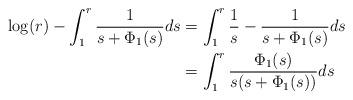
LaTeX: \begin{align*}\log (r)-\int_1^r \frac{1}{s+\Phi_1(s)}ds&=\int_1^r \frac{1}{s}-\frac{1}{s+\Phi_1(s)}ds\\&=\int_1^r\frac{\Phi_1(s)}{s(s+\Phi_1(s))}ds\end{align*}